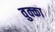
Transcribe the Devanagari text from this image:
वुक्का